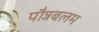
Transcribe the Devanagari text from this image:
पौन्नबलम